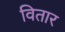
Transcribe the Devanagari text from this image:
वितार